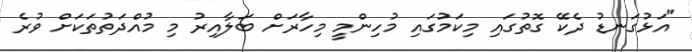
"އަޅުގަނޑު ދެކޭ ގޮތުގައި މިކަމުގައި މުހިންމީ މިހާރަށް ބަލާއިރު މި މުއްދަތުތަކަށް ވުރެ